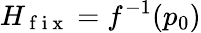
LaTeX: H_{\mathrm{~f~i~x~}}=f^{-1}(p_{0})